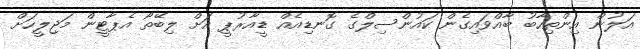
އަލުން އިންތިހާބު ބާއްވައިގެން ކައުންސިލްގެ ގޮނޑިއެއް ޑީއާރުޕީ އަށް ލިބޭތޯ އެޕާޓީން މަޖިލީހަށް